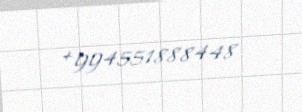
+994551888448